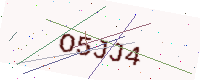
Text: O5JJ4